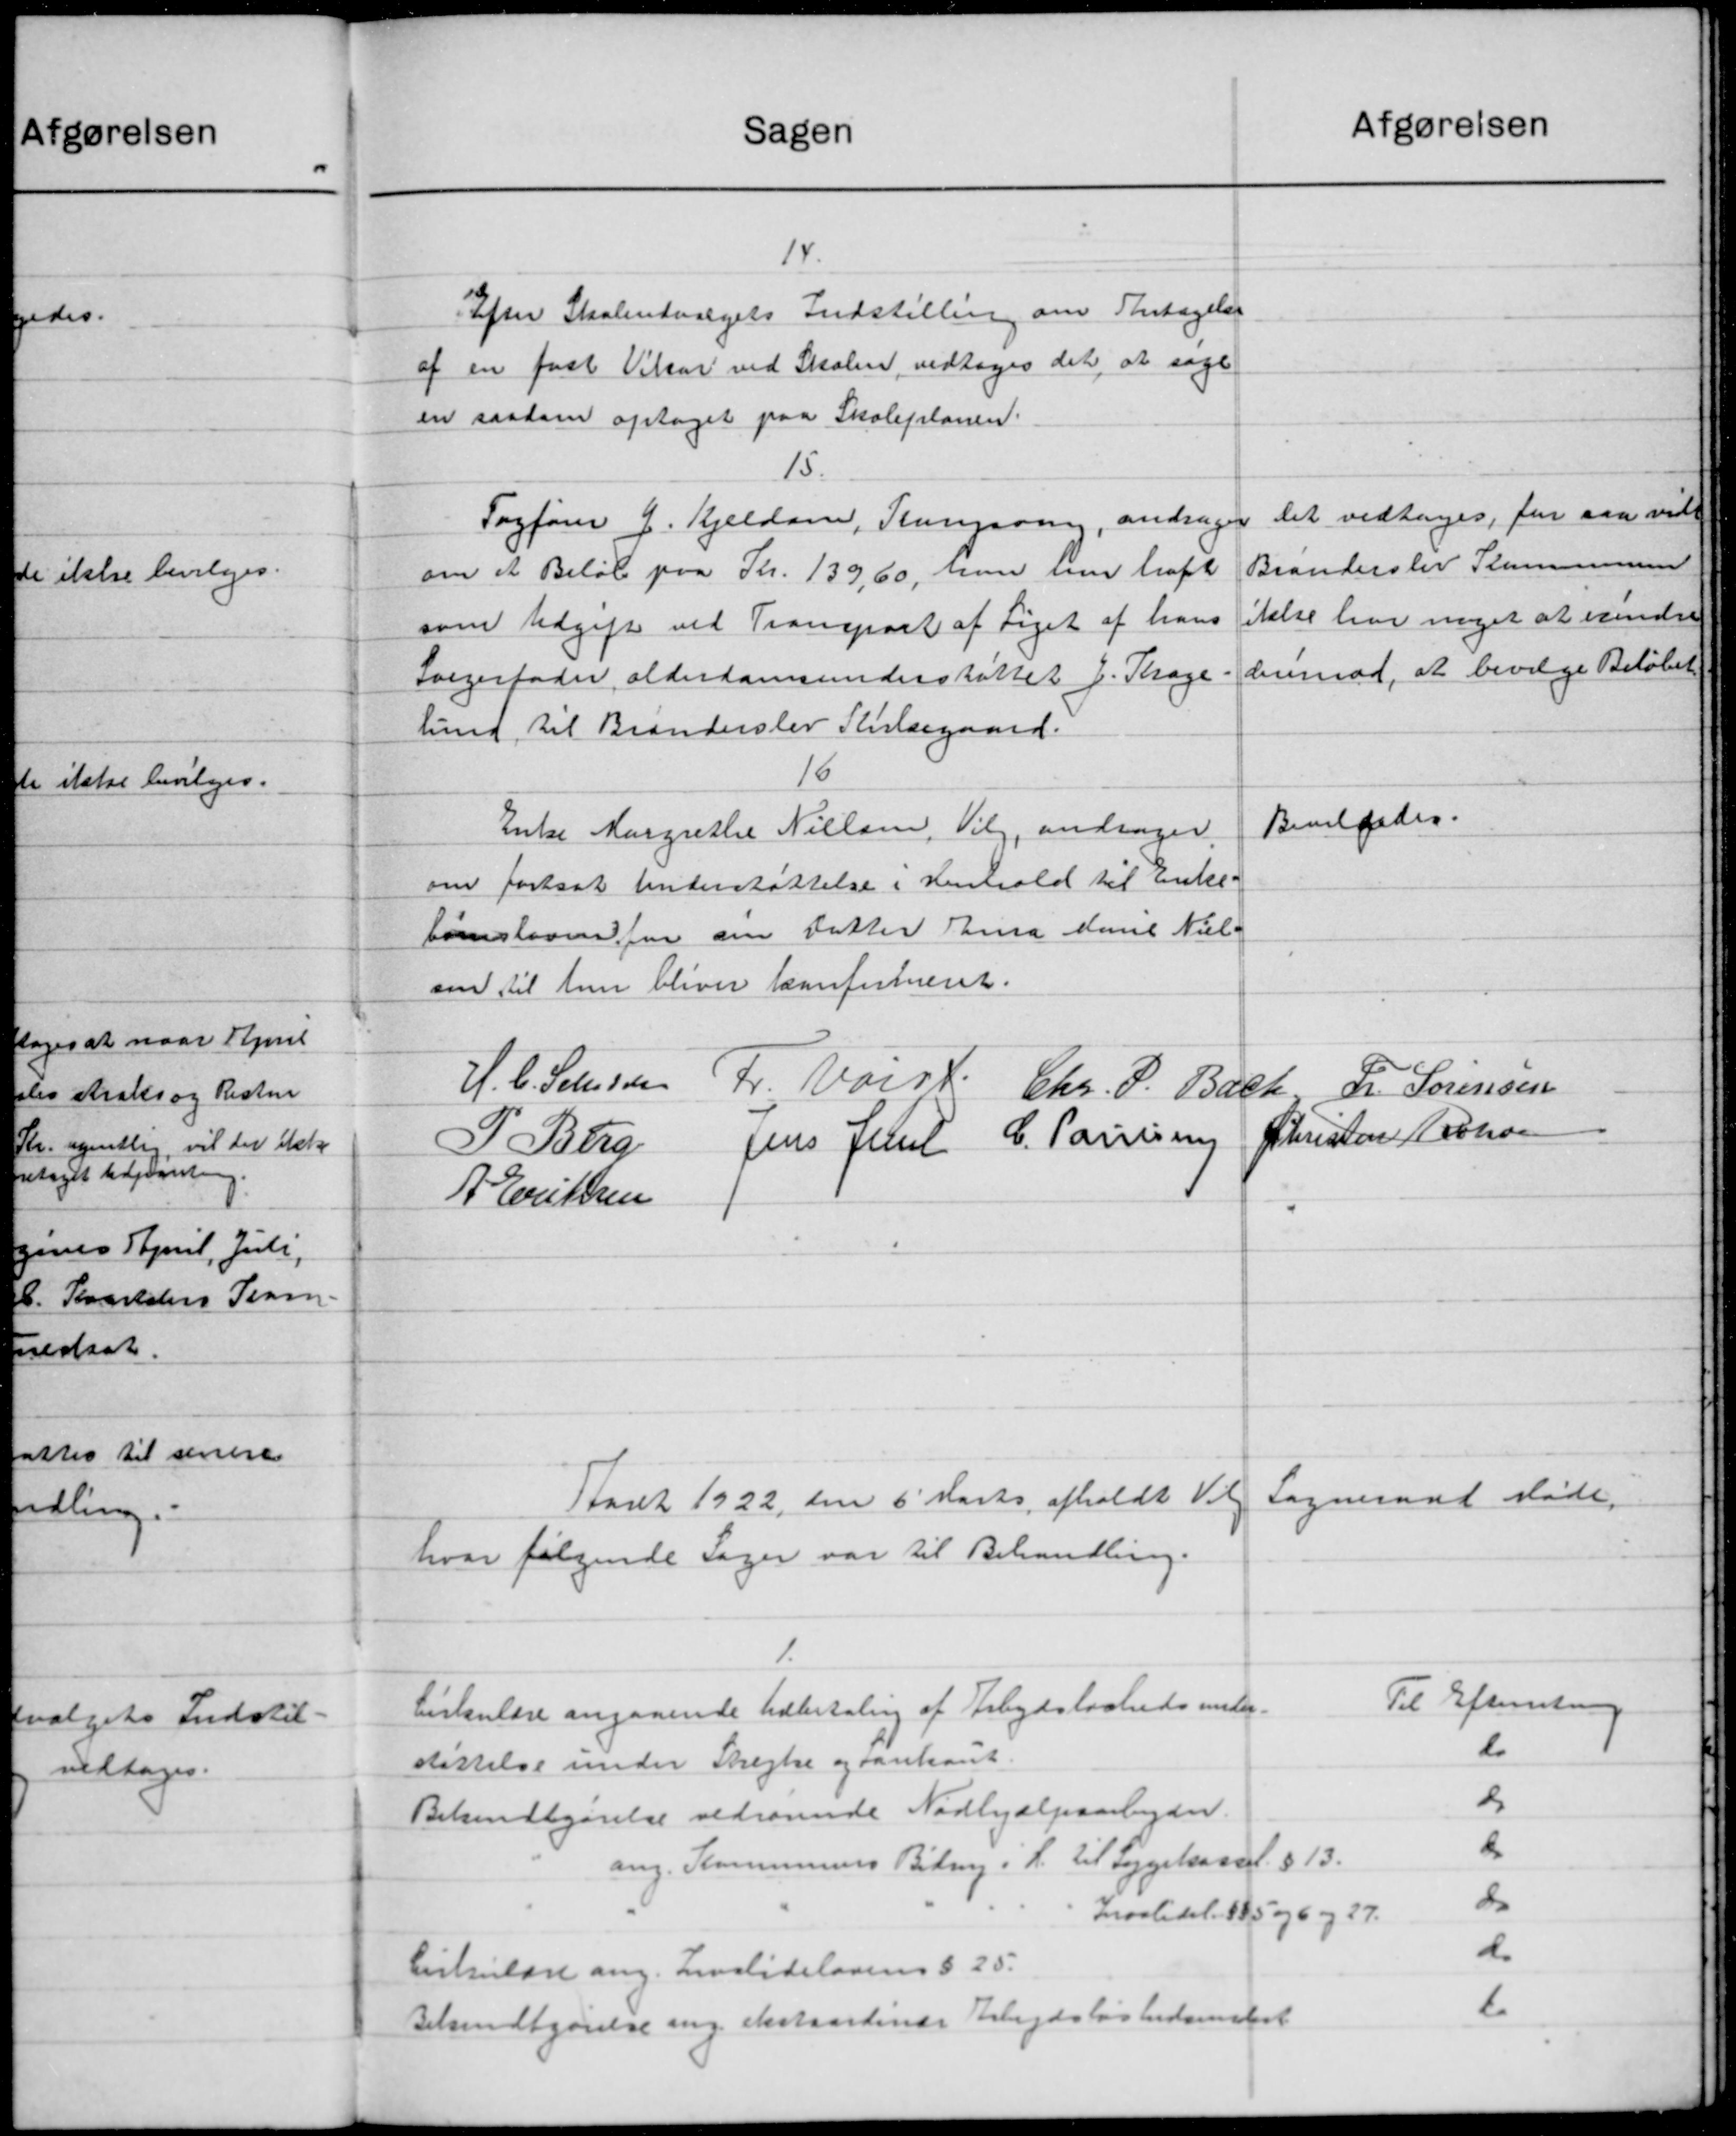
Transskription:
afgørelsen
Sagen
14.
Efter Skoleudvalgets Indstilling om Fritagelse
af en fast Vikar ved Skolen vedtoges det, at søge
en saadan optaget paa Skoleplanen.
15.
Det vedtoges, for saa vid
Sagfører J. Kjeldsen, Kongsving, andrager
Branderslev Kommunen
om et Beløb paa Kr. 139,60, hun med traft
itelse har noget at erindre
som Udgift ved Transport af Liget af hans
derimod, at bevilge Beløbet
Sælgerfader alderdomsunderstøttet J. Krage
lund til Branderslev Kildegaard.
16
Bevilgedes.
Enke Margrethe Nielsen, Vilg, andrager.
om fastsat Understøttelse i Henhold til Enke-
børnslovenfor sin Datter Ensa die Niel-
om til hun bliver konfirmeret.
H. C. Sehesen Fr. Varse
Chr. P. Bach L. Sørensen
Christen Johann
Jens Juul C. Paulse
P. Berg
A Eriksen
Sogneraad Møde.
Aaret 1922 den 6' Marts afholdt Velg
hvor følgende Sager var til Behandling.
1.
Til Efterretning
Cirkulære angaaende Udbetaling af Arbejdsløshedsunder-
do
støttelse under Stregle og tankant.
d
Bekendtgørelse vedrørende Nødhjælpsarbejder.
d
ang. Kommunens Bidrag i H. til Sygekassel. § 13.
do
Kroatidel. 585 og 6 og 27.
d
Cirkulære ang. Livalidelovens § 25.
6
Bekendtgørelse ang. ekstraordinær Arbejdsløshedsamlet